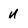
Character: U